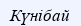
Күнібай